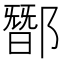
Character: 䣟